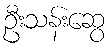
ဦးသန်းဆွေ